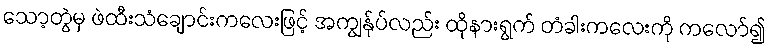
သော့တွဲမှ ဖဲထီးသံချောင်းကလေးဖြင့် အကျွန်ုပ်လည်း ထိုနားရွက် တံခါးကလေးကို ကလော်၍